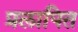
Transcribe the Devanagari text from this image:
प्रलापित